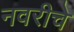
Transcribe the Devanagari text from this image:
नवरीचे